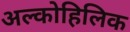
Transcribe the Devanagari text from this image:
अल्कोहिलिक